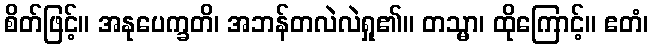
စိတ်ဖြင့်။ အနုပေက္ခတိ၊ အဘန်တလဲလဲရှု၏။ တသ္မာ၊ ထိုကြောင့်။ ဧတံ၊